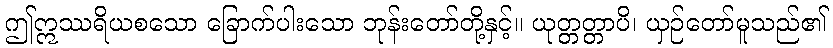
ဤဣဿရိယစသော ခြောက်ပါးသော ဘုန်းတော်တို့နှင့်။ ယုတ္တတ္တာပိ၊ ယှဉ်တော်မူသည်၏